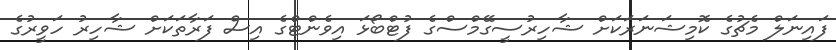
ފައިނަލް މެޗުގެ ކޮމިޝަނަރަކަށް ޝާހިރުސީގޭމްސްގެ ފުޓްބޯޅަ އިވެންޓްގެ އިސް ފަރާތަކަށް ޝާހިރު ހަވީރުގެ